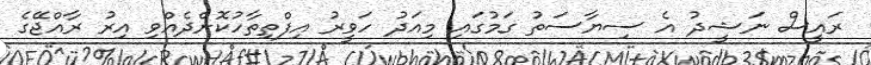
ރައީސް ނަޝީދު އެ ސިޔާސަތު ގަމުގައި މިއަދު ހަވީރު އިފްތިތާހުކޮށްދެއްވި އިރު ރާއްޖޭގެ